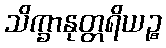
သိက္ခာနုတ္တရိယဉ္စ